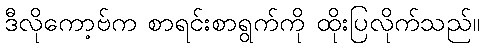
ဒီလိုကော့ဗ်က စာရင်းစာရွက်ကို ထိုးပြလိုက်သည်။